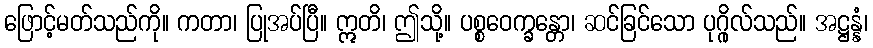
ဖြောင့်မတ်သည်ကို။ ကတာ၊ ပြုအပ်ပြီ။ ဣတိ၊ ဤသို့။ ပစ္စဝေက္ခန္တော၊ ဆင်ခြင်သော ပုဂ္ဂိုလ်သည်။ အဋ္ဌန္နံ၊